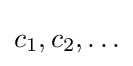
c_{1},c_{2},\ldots